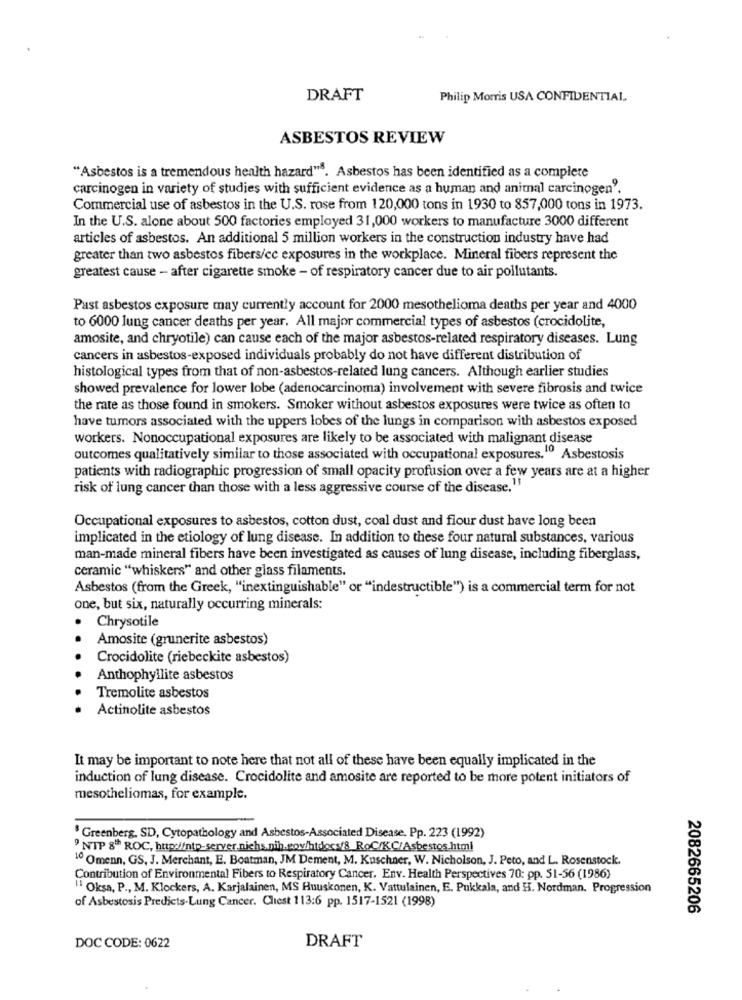
DRAFT
Philip Morris USA CONFIDENTIAL
ASBESTOS REVIEW
"Asbestos is a tremendous health hazard". Asbestos has been identified as a complete
carcinogen in variety of studies with sufficient evidence as a human and animal carcinogen'.
Commercial use of asbestos in the U.S. rose from 120,000 tons in 1930 to 857,000 tons in 1973.
In the U.S. alone about 500 factories employed 31,000 workers to manufacture 3000 different
articles of asbestos. An additional 5 million workers in the construction industry have had
greater than two asbestos fibers/cc exposures in the workplace. Mineral fibers represent the
greatest cause - after cigarette smoke - of respiratory cancer due to air pollutants.
Past asbestos exposure may currently account for 2000 mesothelioma deaths per year and 4000
to 6000 lung cancer deaths per year. All major commercial types of asbestos (crocidolite,
amosite, and chryotile) can cause each of the major asbestos-related respiratory diseases. Lung
cancers in asbestos-exposed individuals probably do not have different distribution of
histological types from that of non-asbestos-related lung cancers. Although earlier studies
showed prevalence for lower lobe (adenocarcinoma) involvement with severe fibrosis and twice
the rate as those found in smokers. Smoker without asbestos exposures were twice as often to
have tumors associated with the uppers lobes of the lungs in comparison with asbestos exposed
workers. Nonoccupational exposures are likely to be associated with malignant disease
outcomes qualitatively similar to those associated with occupational exposures.10 Asbestosis
patients with radiographic progression of small opacity profusion over a few years are at a higher
risk of lung cancer than those with a less aggressive course of the disease."
Occupational exposures to asbestos, cotton dust, coal dust and flour dust have long been
implicated in the etiology of lung disease. In addition to these four natural substances, various
man-made mineral fibers have been investigated as causes of lung disease, including fiberglass,
ceramic "whiskers" and other glass filaments.
Asbestos (from the Greek, "inextinguishable" or "indestructible") is a commercial term for not
one, but six, naturally occurring minerals:
Chrysotile
Amosite (grunerite asbestos)
Crocidolite (riebeckite asbestos)
Anthophyllite asbestos
Tremolite asbestos
Actinolite asbestos
It may be important to note here that not all of these have been equally implicated in the
induction of lung disease. Crocidolite and amosite are reported to be more potent initiators of
mesotheliomas, for example.
Greenberg, SD, Cytopathology and Asbestos-Associated Disease. Pp. 223 (1992)
" NIP 8" ROC, http://ntp-server.nichs.nih.gov/htdocs/8_RoC/KC/Asbestos.html
1º Omenn, GS, J. Merchant, E. Boatman, JM Dement, M. Kuschner, W. Nicholson, J. Peto, and L. Rosenstock.
Contribution of Environmental Fibers to Respiratory Cancer. Env. Health Perspectives 70: pp. 51-56 (1986)
"1 Oksa, P ., M. Klockers, A. Karjalainen, MS Huuskonen, K. Vattulainen, E. Pukkala, and H. Nordman. Progression
of Asbestosis Predicts-Lung Cancer. Chest 113:6 pp. 1517-1521 (1998)
2082665206
DRAFT
DOC CODE: 0622